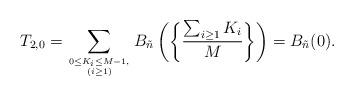
LaTeX: \begin{align*}T_{2,0}&=\sum_{0\le K_i\le M-1,\atop(i\ge1)}B_{\tilde{n}}\left(\left\{\frac{\sum_{i\ge1}K_i}{M}\right\}\right)=B_{\tilde{n}}(0).\end{align*}